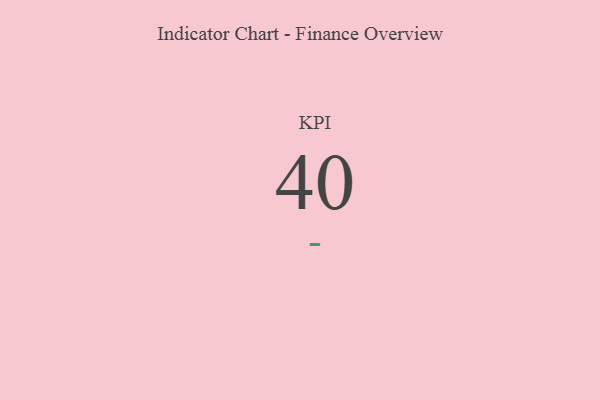
{"axis": {"x": "KPI", "y": "Value"}, "legend": [""], "data": [{"x": "KPI", "y": 40, "type": ""}]}